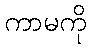
ကာမကို